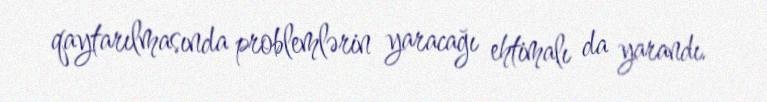
qaytarılmasında problemlərin yaracağı ehtimalı da yarandı.